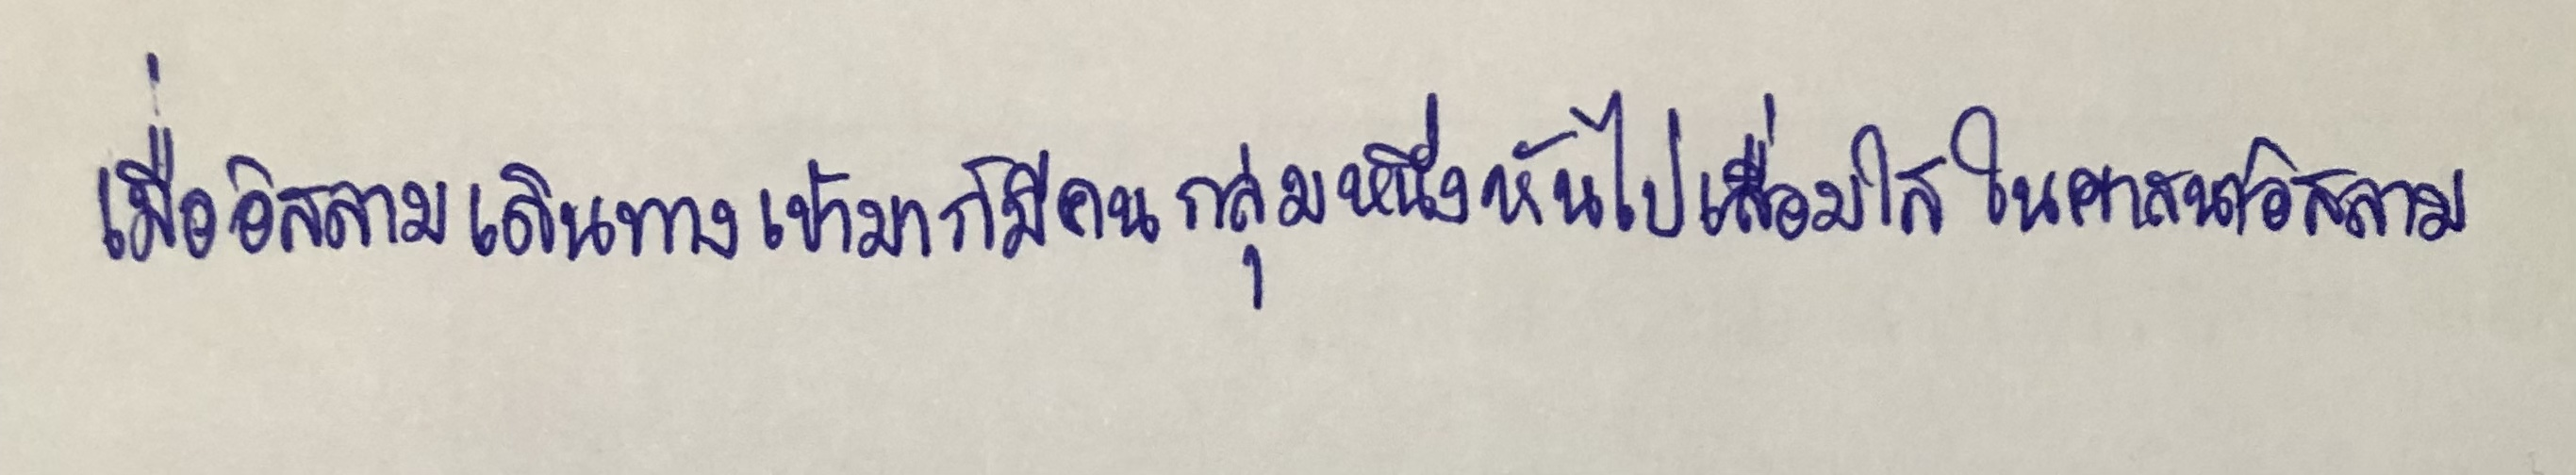
เมื่ออิสลามเดินทางเข้ามาก็มีคนกลุ่มหนึ่งหันไปเลื่อมใสในศาสนาอิสลาม